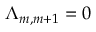
\Lambda _ { m , m + 1 } = 0